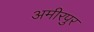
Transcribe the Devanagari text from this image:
अमीरपुर